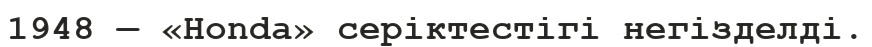
1948 — «Honda» серіктестігі негізделді.